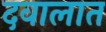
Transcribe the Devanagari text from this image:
दवालात